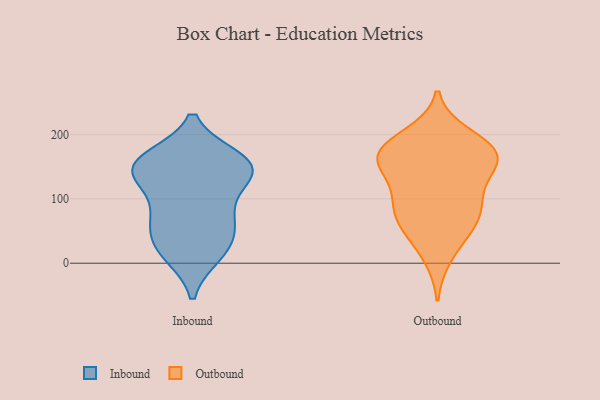
{"axis": {"x": "Energy Usage (MWh)", "y": "Value"}, "legend": ["Inbound", "Outbound"], "data": [{"x": "", "y": 28, "type": "Inbound"}, {"x": "", "y": 131, "type": "Inbound"}, {"x": "", "y": 14, "type": "Inbound"}, {"x": "", "y": 159, "type": "Inbound"}, {"x": "", "y": 162, "type": "Inbound"}, {"x": "", "y": 151, "type": "Inbound"}, {"x": "", "y": 73, "type": "Inbound"}, {"x": "", "y": 75, "type": "Inbound"}, {"x": "", "y": 16, "type": "Inbound"}, {"x": "", "y": 155, "type": "Inbound"}, {"x": "", "y": 45, "type": "Inbound"}, {"x": "", "y": 134, "type": "Inbound"}, {"x": "", "y": 137, "type": "Inbound"}, {"x": "", "y": 154, "type": "Inbound"}, {"x": "", "y": 74, "type": "Inbound"}, {"x": "", "y": 153, "type": "Outbound"}, {"x": "", "y": 101, "type": "Outbound"}, {"x": "", "y": 11, "type": "Outbound"}, {"x": "", "y": 130, "type": "Outbound"}, {"x": "", "y": 96, "type": "Outbound"}, {"x": "", "y": 183, "type": "Outbound"}, {"x": "", "y": 78, "type": "Outbound"}, {"x": "", "y": 173, "type": "Outbound"}, {"x": "", "y": 48, "type": "Outbound"}, {"x": "", "y": 77, "type": "Outbound"}, {"x": "", "y": 162, "type": "Outbound"}, {"x": "", "y": 166, "type": "Outbound"}, {"x": "", "y": 177, "type": "Outbound"}, {"x": "", "y": 58, "type": "Outbound"}, {"x": "", "y": 159, "type": "Outbound"}, {"x": "", "y": 198, "type": "Outbound"}]}